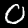
Digit: 0